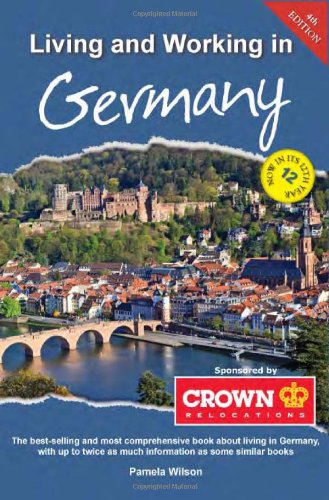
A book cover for Living and Working in Germany: A Survival Handbook (Living & Working in Germany); Travel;